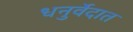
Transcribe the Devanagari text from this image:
धनुर्वेदात